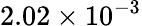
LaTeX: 2.02\times 10^{-3}